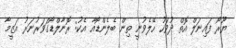
ޔޫރޯ ފައިނަލް އޮތް ދުވަހު ހޭލެވުނީ ތިން ބެލެންޑޯއާ އެކު: ރޮނާލްޑޯގަވަރުނަރު އަޒީމާ